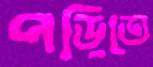
পড়িতে